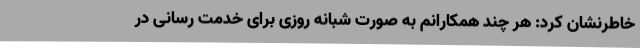
خاطرنشان کرد: هر چند همکارانم به صورت شبانه روزی برای خدمت رسانی در